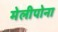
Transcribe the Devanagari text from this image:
मेलीपोना